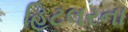
હિટલરના